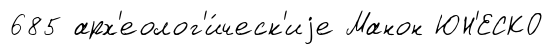
685 арх'еолог'и́ческ'иjе Манон ЮН'ЕСКО